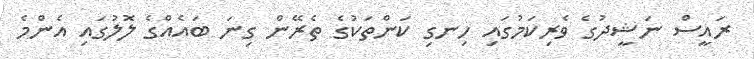
ރައީސް ނަޝީދުގެ ވެރިކަމުގައި ހިނގި ކަންތަކުގެ ތެރޭން ގިނަ ބައެއްގެ ލޮލުގައި އެންމެ